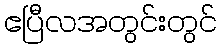
ဧပြီလအတွင်းတွင်